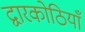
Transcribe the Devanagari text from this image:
द्वारकोठियाँ